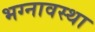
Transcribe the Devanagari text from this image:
भग्‍नावस्‍था